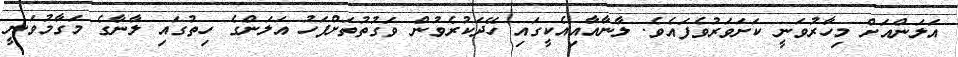
އަލަންއަށް މިހާރުވަނީ ކަށަވަރުވެފައެވެ. ލާނާއާއިއެކީގައި ހޭދަކުރެވުން ވަގުތުތަށްފަހު އަލަންގެ ހިތުގައި ލާނާގެ މަގާމުވަނީ